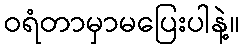
ဝရံတာမှာမပြေးပါနဲ့။